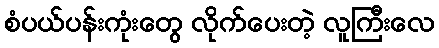
စံပယ်ပန်းကုံးတွေ လိုက်ပေးတဲ့ လူကြီးလေ